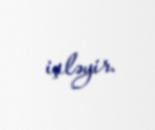
işləyir.